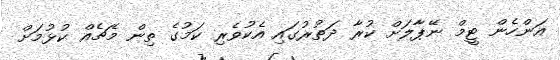
އަންހެން ޓީމް ނޭޕާލަށް ކުރާ ދަތުރުގައި އެކުވެރި ކަމުގެ ތިން މެޗެއް ކުޅުމަށް